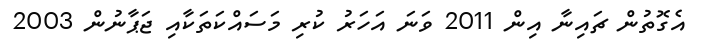
އެގޮތުން ޗައިނާ އިން 2011 ވަނަ އަހަރު ކުރި މަސައްކަތަކާއި ޖަޕާނުން 2003